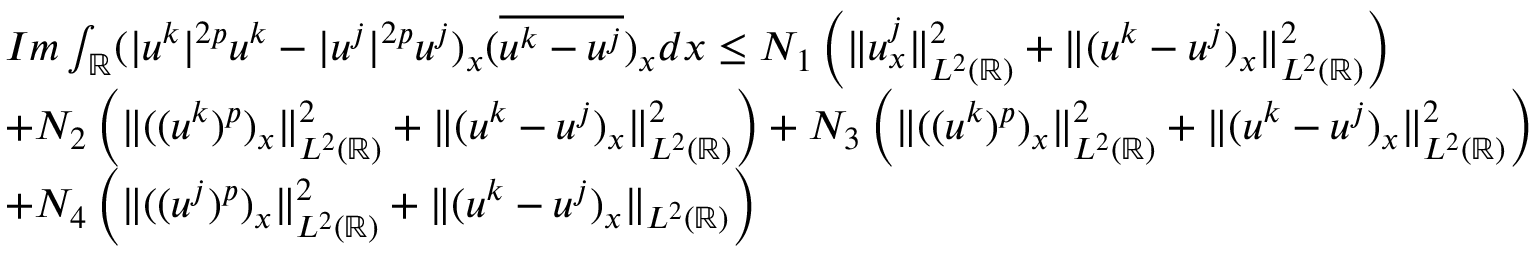
\begin{array} { r l } & { I m \int _ { \mathbb { R } } ( | u ^ { k } | ^ { 2 p } u ^ { k } - | u ^ { j } | ^ { 2 p } u ^ { j } ) _ { x } ( \overline { { u ^ { k } - u ^ { j } } } ) _ { x } d x \leq N _ { 1 } \left( \| u _ { x } ^ { j } \| _ { L ^ { 2 } ( \mathbb { R } ) } ^ { 2 } + \| ( u ^ { k } - u ^ { j } ) _ { x } \| _ { L ^ { 2 } ( \mathbb { R } ) } ^ { 2 } \right) } \\ & { + N _ { 2 } \left( \| ( ( u ^ { k } ) ^ { p } ) _ { x } \| _ { L ^ { 2 } ( \mathbb { R } ) } ^ { 2 } + \| ( u ^ { k } - u ^ { j } ) _ { x } \| _ { L ^ { 2 } ( \mathbb { R } ) } ^ { 2 } \right) + N _ { 3 } \left( \| ( ( u ^ { k } ) ^ { p } ) _ { x } \| _ { L ^ { 2 } ( \mathbb { R } ) } ^ { 2 } + \| ( u ^ { k } - u ^ { j } ) _ { x } \| _ { L ^ { 2 } ( \mathbb { R } ) } ^ { 2 } \right) } \\ & { + N _ { 4 } \left( \| ( ( u ^ { j } ) ^ { p } ) _ { x } \| _ { L ^ { 2 } ( \mathbb { R } ) } ^ { 2 } + \| ( u ^ { k } - u ^ { j } ) _ { x } \| _ { L ^ { 2 } ( \mathbb { R } ) } \right) } \end{array}